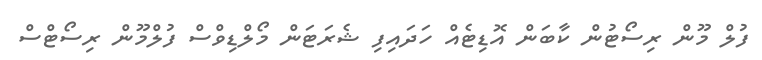
ފުލް މޫން ރިސޯޓުން ކާބަން އޮޑިޓެއް ހަދައިފި ޝެރަޓަން މޯލްޑިވްސް ފުލްމޫން ރިސޯޓްސް